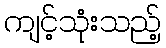
ကျင့်သုံးသည့်